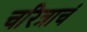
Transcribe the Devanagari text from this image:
चरित्राचं